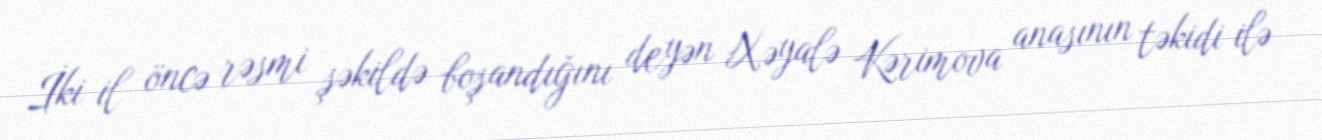
İki il öncə rəsmi şəkildə boşandığını deyən Xəyalə Kərimova anasının təkidi ilə